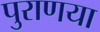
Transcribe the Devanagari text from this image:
पुराणया